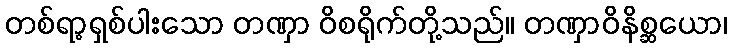
တစ်ရာ့ရှစ်ပါးသော တဏှာ ဝိစရိုက်တို့သည်။ တဏှာဝိနိစ္ဆယော၊